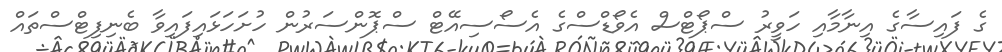
ގެ ފައިސާގެ އިނާމާއި ހަވީރު ސްޕޯޓްސް އެވޯޑްސްގެ އެސޯސިއޭޓް ސްޕޮންސަރުން ހުށަހަޅައިފައިވާ ބެނިފިޓްސްތައް